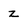
Character: z